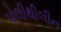
પોલીથીલીન